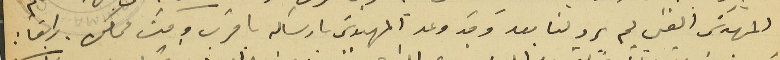
المهندسَ الفني لم يرد لنا بعد وقد وعد المهندسَ بارساله باقرب وقت ممكن. رابعًا :